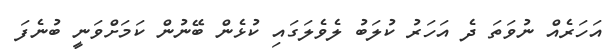
އަހަރެއް ނުވަތަ ދެ އަހަރު ކުލަބު ލެވެލަގައި ކުޅެން ބޭނުން ކަމަށްވަނީ ބުނެފަ